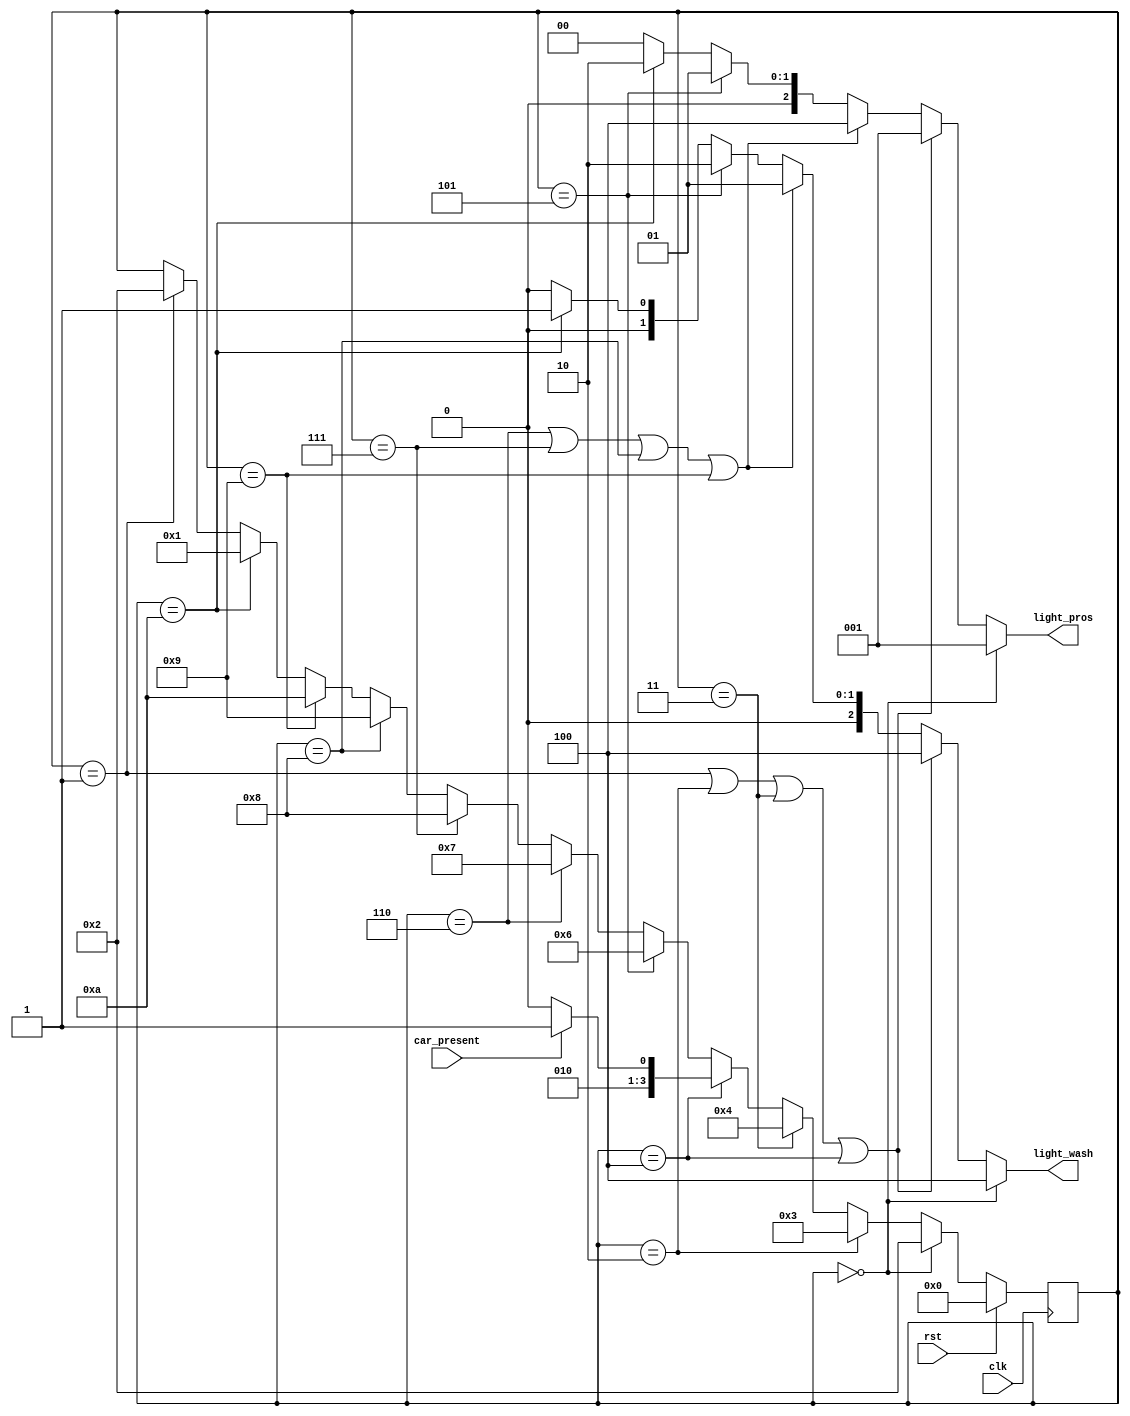
module Stoplight(
	input            clk,         // Clock signal
	input            rst,         // Reset signal for FSM
	input            car_present, // Is there a car on Prospect?
	output reg [2:0] light_pros,  // Prospect Avenue Light
	output reg [2:0] light_wash   // Washington Road Light
);

	// Declare Local Vars Here
	reg [3:0] state;
	reg [3:0] next_state;
	// ...

	// Declare State Names Here
	localparam INIT = 4'd0;
	localparam WCYCLE1 = 4'd1;
	localparam WCYCLE2 = 4'd2;
	localparam WCYCLE3 = 4'd3;
	localparam WCYCLE4 = 4'd4;
	localparam W_to_P = 4'd5;
	localparam PCYCLE1 = 4'd6;
	localparam PCYCLE2 = 4'd7;
	localparam PCYCLE3 = 4'd8;
	localparam PCYCLE4 = 4'd9;
	localparam P_to_W = 4'd10;

	// Light Colors
	localparam RED = 3'b001;
	localparam YLW = 3'b010;
	localparam GRN = 3'b100;

	// Output Combinational Logic
	always @( * ) begin
		light_pros = 3'b000;
		light_wash = 3'b000;

		if (state == INIT) begin
			light_wash = GRN;
			light_pros = RED;
		end
		// Write your output logic here
		else if (state == WCYCLE1 || state == WCYCLE2 || state == WCYCLE3 || state == WCYCLE4) begin
			light_wash = GRN;
			light_pros = RED;
		end

		else if (state == PCYCLE1 || state == PCYCLE2 || state == PCYCLE3 || state == PCYCLE4) begin
			light_wash = RED;
			light_pros = GRN;
		end

		else if (state == W_to_P) begin
			light_wash = YLW;
			light_pros = RED;
		end

		else if (state == P_to_W) begin
			light_wash = RED;
			light_pros = YLW;
		end
	end

	// Next State Combinational Logic
	always @( * ) begin
		// Write your Next State Logic Here
		next_state = state; // avoid implicit latching
		if (state == INIT) begin
			next_state = WCYCLE2;
		end
		else if (state == WCYCLE2) begin
			next_state = WCYCLE3;
		end
		else if (state == WCYCLE3) begin
			next_state = WCYCLE4;
		end
		else if (state == WCYCLE4) begin
			if (car_present) next_state = W_to_P;
			else next_state = WCYCLE4;
		end
		else if (state == W_to_P) begin
			next_state = PCYCLE1;
		end
		else if (state == PCYCLE1) begin
			next_state = PCYCLE2;
		end
		else if (state == PCYCLE2) begin
			next_state = PCYCLE3;
		end
		else if (state == PCYCLE3) begin
			next_state = PCYCLE4;
		end
		else if (state == PCYCLE4) begin
			next_state = P_to_W;
		end
		else if (state == P_to_W) begin
			next_state = WCYCLE1;
		end
		else if (state == WCYCLE1) begin
			next_state = WCYCLE2;
		end
	end

	// State Update Sequential Logic
	always @(posedge clk) begin
		if (rst) begin
			// Update state to reset state
			state <= INIT;
		end
		else begin
			// Update state to next state
			state <= next_state;
		end
	end

endmodule